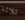
ثلاثة